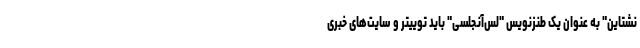
نشتاین" به عنوان یک طنزنویس "لس‌آنجلسی" باید توییتر و سایت‌های خبری